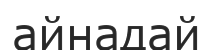
айнадай